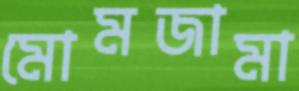
মোমজামা